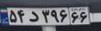
۵۴د۳۹۶۶۶